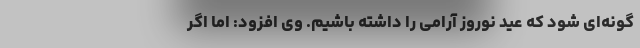
گونه‌ای شود که عید نوروز آرامی را داشته باشیم. وی افزود: اما اگر